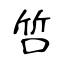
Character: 啠